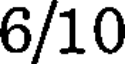
6/10